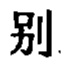
别